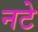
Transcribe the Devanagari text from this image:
नटे